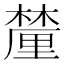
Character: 𨤳